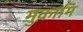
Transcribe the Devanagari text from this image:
मुक़ामि